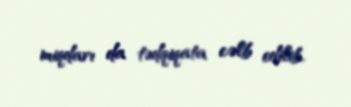
miqdarı da tədqiqata cəlb edilib.